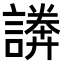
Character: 𧫵